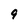
Character: 9